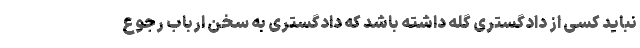
نباید کسی از دادگستری گله داشته باشد که دادگستری به سخن ارباب رجوع